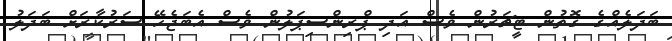
ބަދަަލެއްގެ ގޮތުން ޓީޗަރުން ވެސް އަދި ޕްރިންސިޕަލުން ވެސް އެބަޖެހޭ ސަރުކާރަށް ބަދަލު